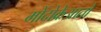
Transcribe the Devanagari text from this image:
मोंदोक्रेआतो